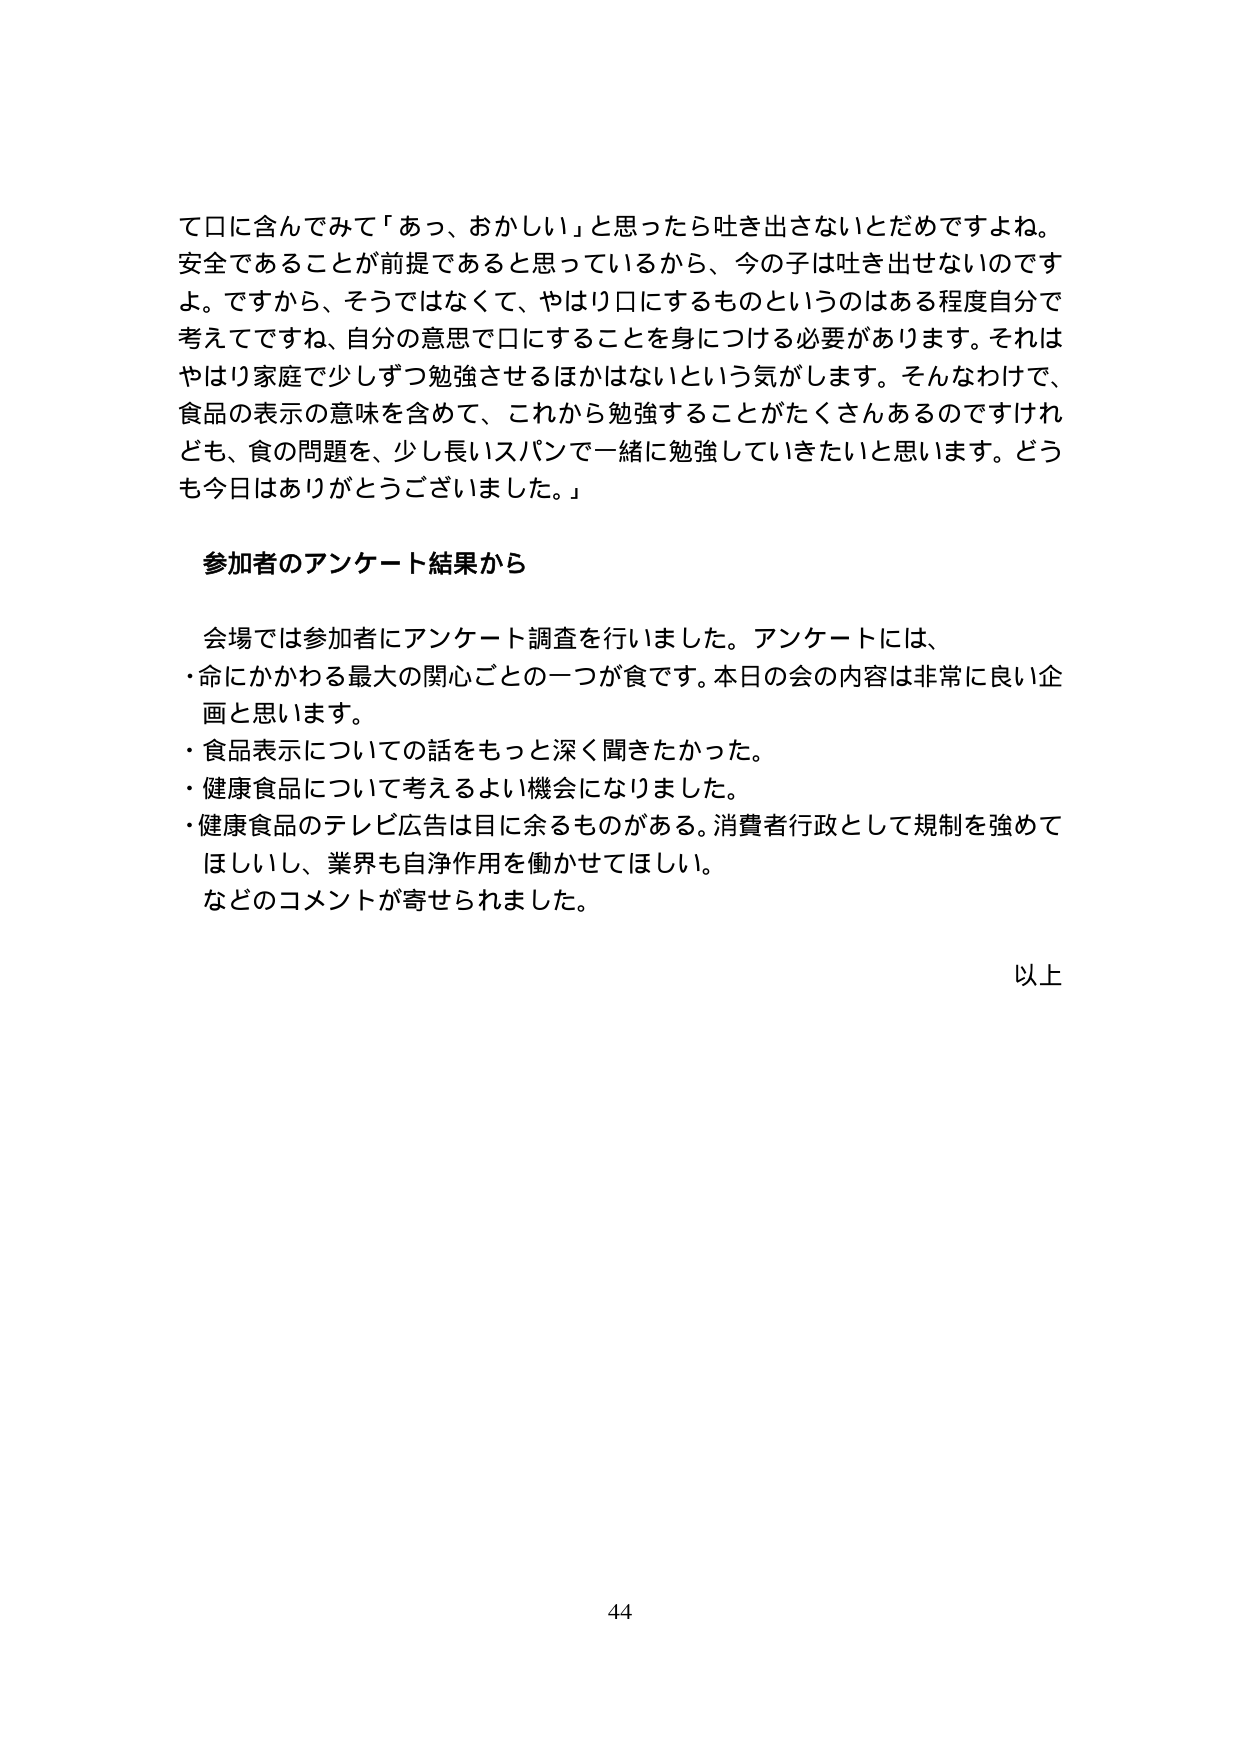
て口に含んでみて「あっ、おかしい」と思ったら吐き出さないとはだめですよね。
安全であることが前提であると思っているから、今の子は吐き出せないのですよ。ですから、そうではなくて、やはり口にするものというのはある程度自分で考えてですね、自分の意思で口にすることを身につける必要があります。それはやはり家庭で少しずつ勉強させるほかはないという気がします。そんなわけで、食品の表示の意味を含めて、これから勉強することがたくさんあるのですけれども、食の問題を、少し長いスパンで一緒に勉強していきたいと思います。どうも今日はありがとうございました。」

参加者のアンケート結果から

会場では参加者にアンケート調査を行いました。アンケートには、
・命にかかわる最大の関心ごとの一つが食です。本日の会の内容は非常に良い企画と思います。
・食品表示についての話をもっと深く聞きたかった。
・健康食品について考えるよい機会になりました。
・健康食品のテレビ広告は目に余るものがある。消費者行政として規制を強めてほしいし、業界も自浄作用を働かせてほしい。
などのコメントが寄せられました。

以上

44